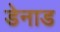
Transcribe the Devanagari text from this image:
डेनाड